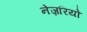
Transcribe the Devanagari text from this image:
नेज़रियो